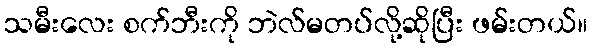
သမီးလေး စက်ဘီးကို ဘဲလ်မတပ်လို့ဆိုပြီး ဖမ်းတယ်။